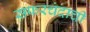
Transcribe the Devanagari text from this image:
सफरचंदाची